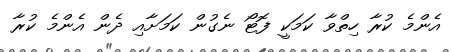
އެންމެ ކުރާ ހިތްވާ ކަމަކީ ފޮޓޯ ނެގުން ކަމަށާއި ދެން އެންމެ ކުރާ